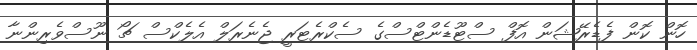
ހޮން ކޮން ފެޑެރޭޝަން އޮފް ސްޓޫޑެންޓްސްގެ ސެކްރެޓަރީ ޖެނެރަލް އެލެކްސް ޗޯ ނޫސްވެރިންނާ